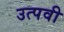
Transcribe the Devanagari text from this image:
उत्पवी